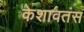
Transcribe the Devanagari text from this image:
केशावतंस